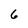
Character: 6